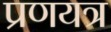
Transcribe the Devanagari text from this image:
प्रणयत्र